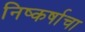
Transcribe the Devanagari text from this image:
निष्कर्षाचा